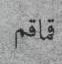
قماقم